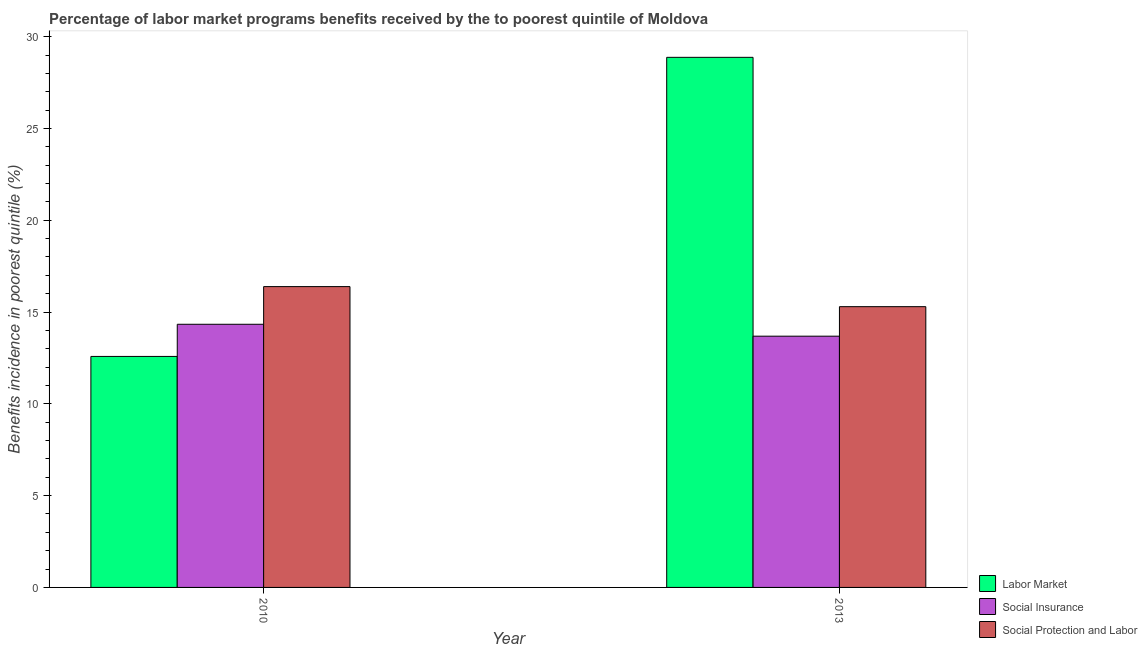
| Year | Labor Market | Social Insurance | Social Protection and Labor |
 | --- | --- | --- | --- |
 | 2010 | 12.6 | 14.3 | 16.4 |
 | 2013 | 28.9 | 13.7 | 15.3 |